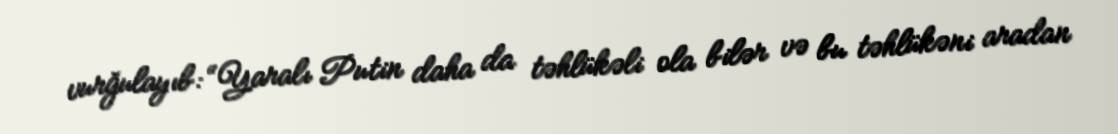
vurğulayıb: “Yaralı Putin daha da təhlükəli ola bilər və bu təhlükəni aradan